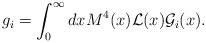
LaTeX: \begin{align*}g_{i} = \int_0^\infty dx M^4(x){\cal L}(x){\cal G}_i(x).\end{align*}